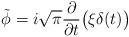
LaTeX: \begin{align*}\tilde\phi=i\sqrt\pi{\partial\over\partial t}\bigl(\xi\delta(t)\bigr)\end{align*}